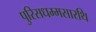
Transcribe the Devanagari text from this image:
पुरिसधम्मसारथि